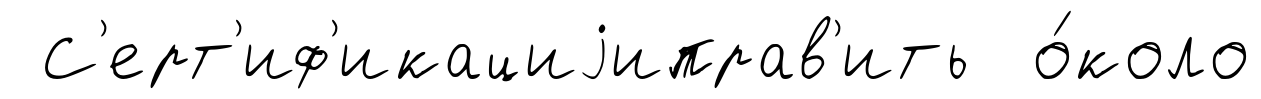
С'ерт'иф'икациjиправ'ить о́коло